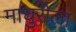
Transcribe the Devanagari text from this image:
माधुरीला